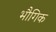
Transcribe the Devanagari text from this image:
भौगिक